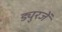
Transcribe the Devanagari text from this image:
ड्युरजें